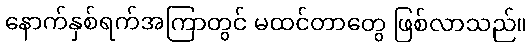
နောက်နှစ်ရက်အကြာတွင် မထင်တာတွေ ဖြစ်လာသည်။